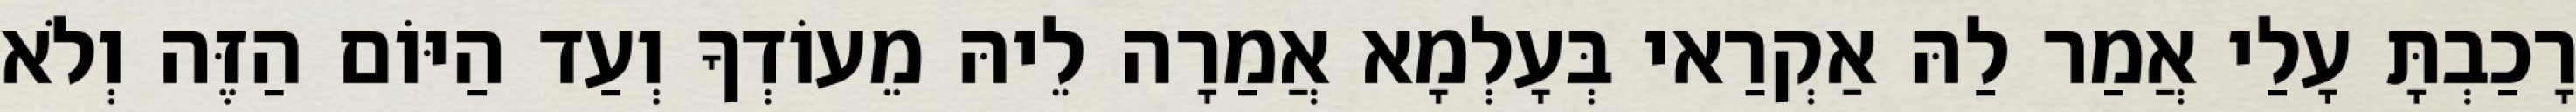
רָכַבְתָּ עָלַי אֲמַר לַהּ אַקְרַאי בְּעָלְמָא אֲמַרָה לֵיהּ מֵעוֹדְךָ וְעַד הַיּוֹם הַזֶּה וְלֹא